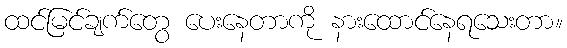
ထင်မြင်ချက်တွေ ပေးနေတာကို နားထောင်နေရသေးတာ။